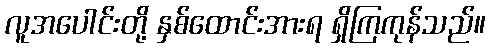
လူအပေါင်းတို့ နှစ်ထောင်းအားရ ရှိကြကုန်သည်။